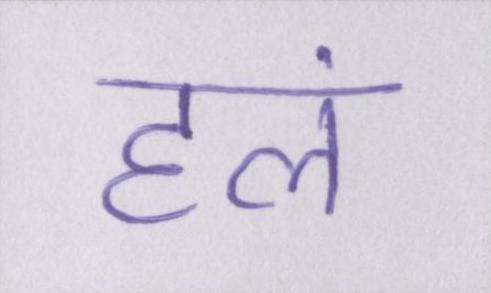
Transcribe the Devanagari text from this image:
हलं